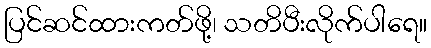
ပြင်ဆင်ထားကတ်ဖို့၊ သတိပီးလိုက်ပါရေ။